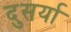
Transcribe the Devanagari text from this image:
दुसर्या